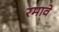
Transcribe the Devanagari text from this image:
रमावे